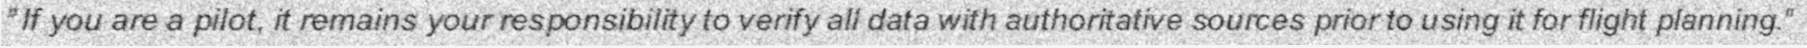
"If you are a pilot, it remains your responsibility to verify all data with authoritative sources prior to using it for flight planning."